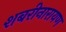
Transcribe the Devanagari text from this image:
शबरीनारायण